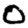
Digit: 0